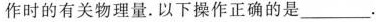
作时的有关物理量。以下操作正确的是___.